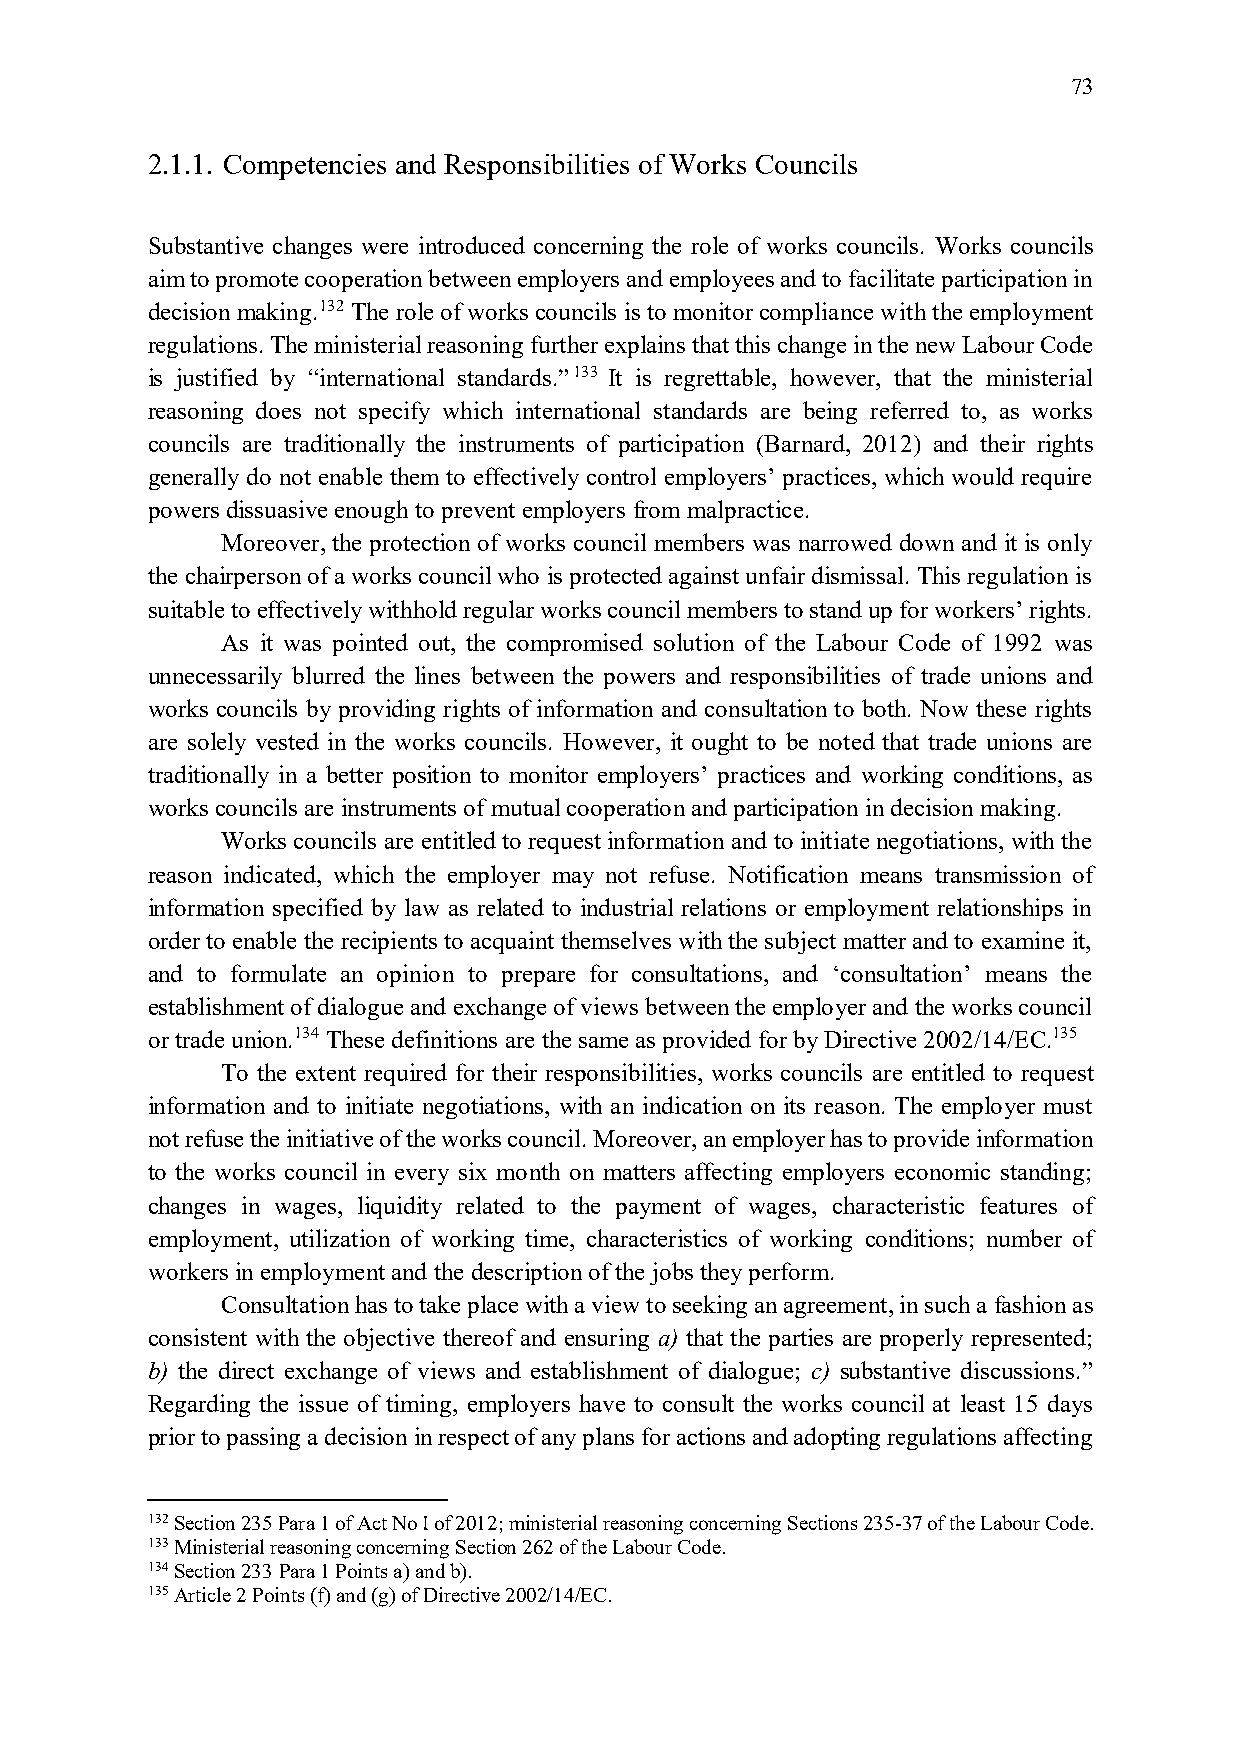
73
 2.1.1. Competencies and Responsibilities of Works Councils
 Substantive changes were introduced concerning the role of works councils. Works councils
 aim to promote cooperation between employers and employees and to facilitate participation in
 decision making.132 The role of works councils is to monitor compliance with the employment
 regulations. The ministerial reasoning further explains that this change in the new Labour Code
 is justified by “international standards.”133 It is regrettable, however, that the ministerial
 reasoning does not specify which international standards are being referred to, as works
 councils are traditionally the instruments of participation (Barnard, 2012) and their rights
 generally do not enable them to effectively control employers’ practices, which would require
 powers dissuasive enough to prevent employers from malpractice.
 Moreover, the protection of works council members was narrowed down and it is only
 the chairperson of a works council who is protected against unfair dismissal. This regulation is
 suitable to effectively withhold regular works council members to stand up for workers’ rights.
 As it was pointed out, the compromised solution of the Labour Code of 1992 was
 unnecessarily blurred the lines between the powers and responsibilities of trade unions and
 works councils by providing rights of information and consultation to both. Now these rights
 are solely vested in the works councils. However, it ought to be noted that trade unions are
 traditionally in a better position to monitor employers’ practices and working conditions, as
 works councils are instruments of mutual cooperation and participation in decision making.
 Works councils are entitled to request information and to initiate negotiations, with the
 reason indicated, which the employer may not refuse. Notification means transmission of
 information specified by law as related to industrial relations or employment relationships in
 order to enable the recipients to acquaint themselves with the subject matter and to examine it,
 and to formulate an opinion to prepare for consultations, and ‘consultation’ means the
 establishment of dialogue and exchange of views between the employer and the works council
 or trade union.134 These definitions are the same as provided for by Directive 2002/14/EC.135
 To the extent required for their responsibilities, works councils are entitled to request
 information and to initiate negotiations, with an indication on its reason. The employer must
 not refuse the initiative of the works council. Moreover, an employer has to provide information
 to the works council in every six month on matters affecting employers economic standing;
 changes in wages, liquidity related to the payment of wages, characteristic features of
 employment, utilization of working time, characteristics of working conditions; number of
 workers in employment and the description of the jobs they perform.
 Consultation has to take place with a view to seeking an agreement, in such a fashion as
 consistent with the objective thereof and ensuring a) that the parties are properly represented;
 b) the direct exchange of views and establishment of dialogue; c) substantive discussions.”
 Regarding the issue of timing, employers have to consult the works council at least 15 days
 prior to passing a decision in respect of any plans for actions and adopting regulations affecting
 132 Section 235 Para 1 of Act No I of 2012; ministerial reasoning concerning Sections 235-37 of the Labour Code.
 133 Ministerial reasoning concerning Section 262 of the Labour Code.
 134 Section 233 Para 1 Points a) and b).
 135 Article 2 Points (f) and (g) of Directive 2002/14/EC.